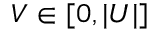
V \in [ 0 , | U | ]